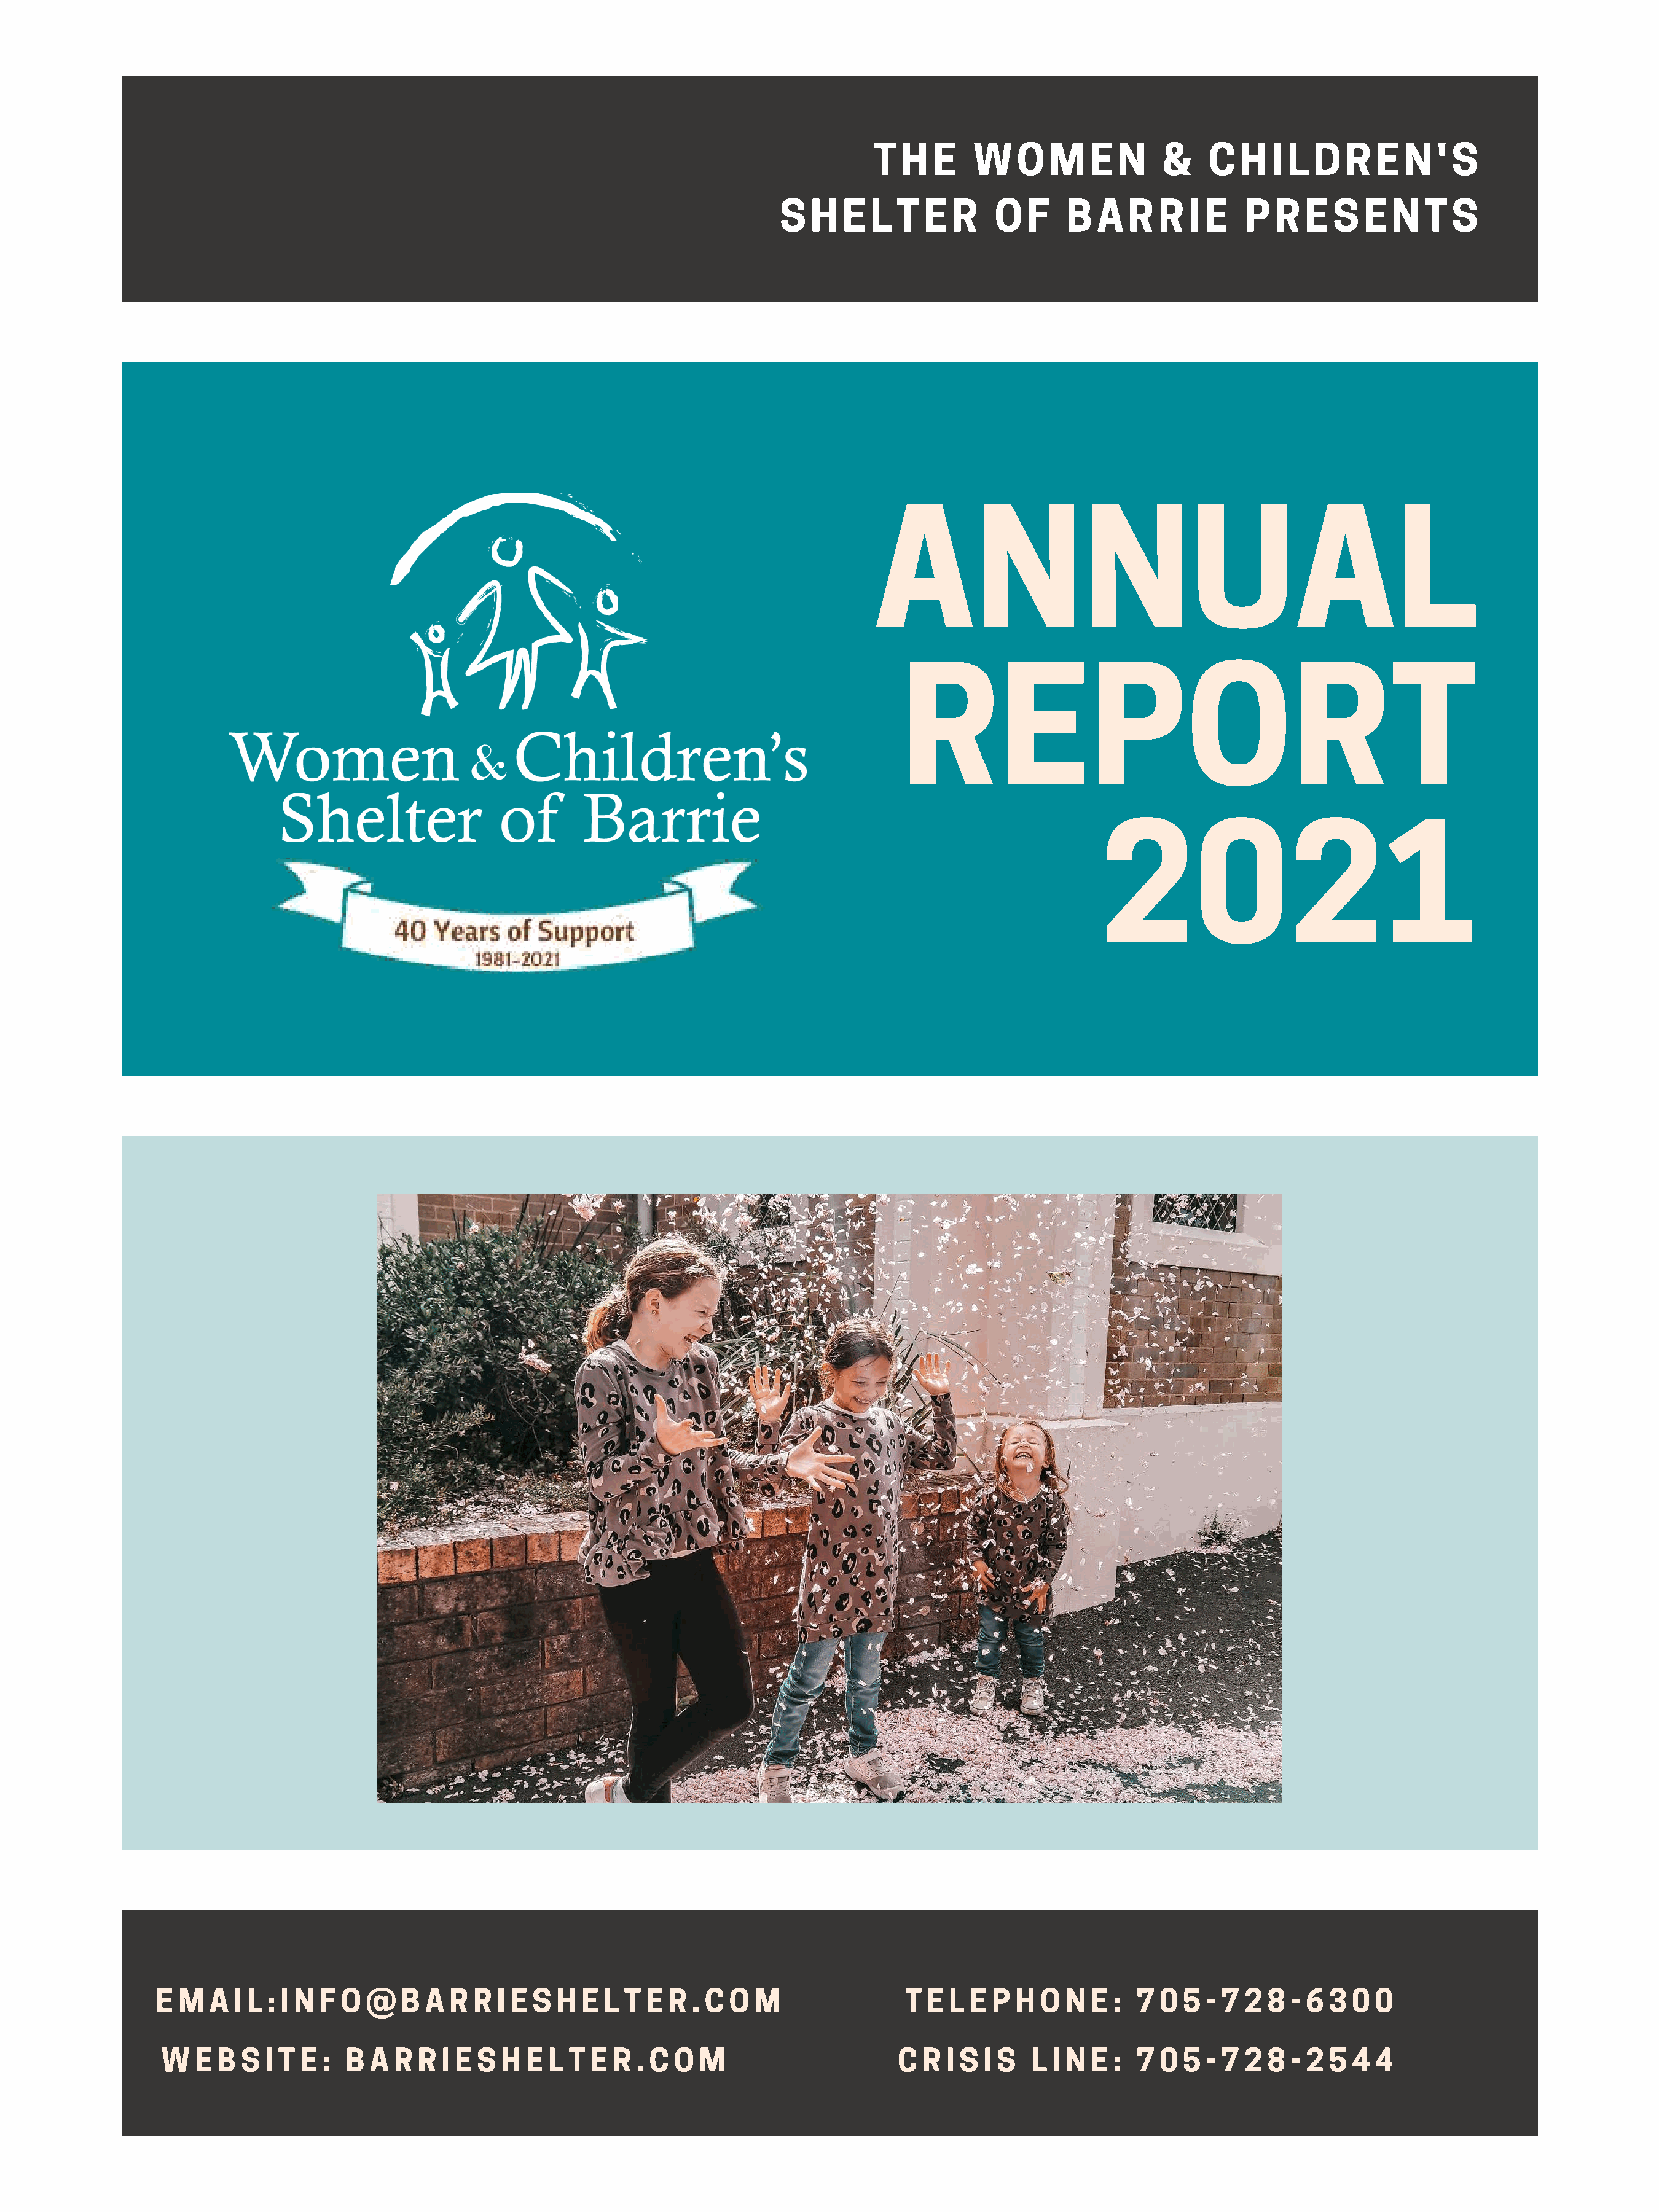
T  H  E    W    O  M   E  N    &    C   H  I L  D  R  E  N   ' S
 S  H   E  L  T  E  R   O   F   B  A   R  R  I E   P  R   E  S  E  N  T  S
 ANNUAL
 REPORT
 2021
 E M   A I L : I N F O @   B  A R  R  I E S H  E L T  E R  . C O M                T E L E  P H  O  N  E : 7  0 5  - 7 2  8 - 6 3  0 0
 W   E B  S  I T E : B  A R  R  I E S H  E L T  E R  . C O M                     C R  I S I S  L I N  E : 7  0 5  - 7 2  8 - 2 5  4 4